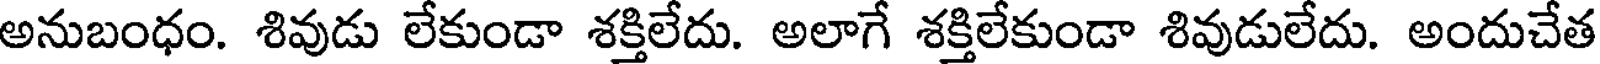
అనుబంధం. శివుడు లేకుండా శక్తిలేదు. అలాగే శక్తిలేకుండా శివుడులేదు. అందుచేత